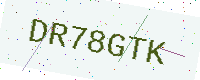
Text: DR78GTK